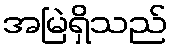
အမြဲရှိသည်